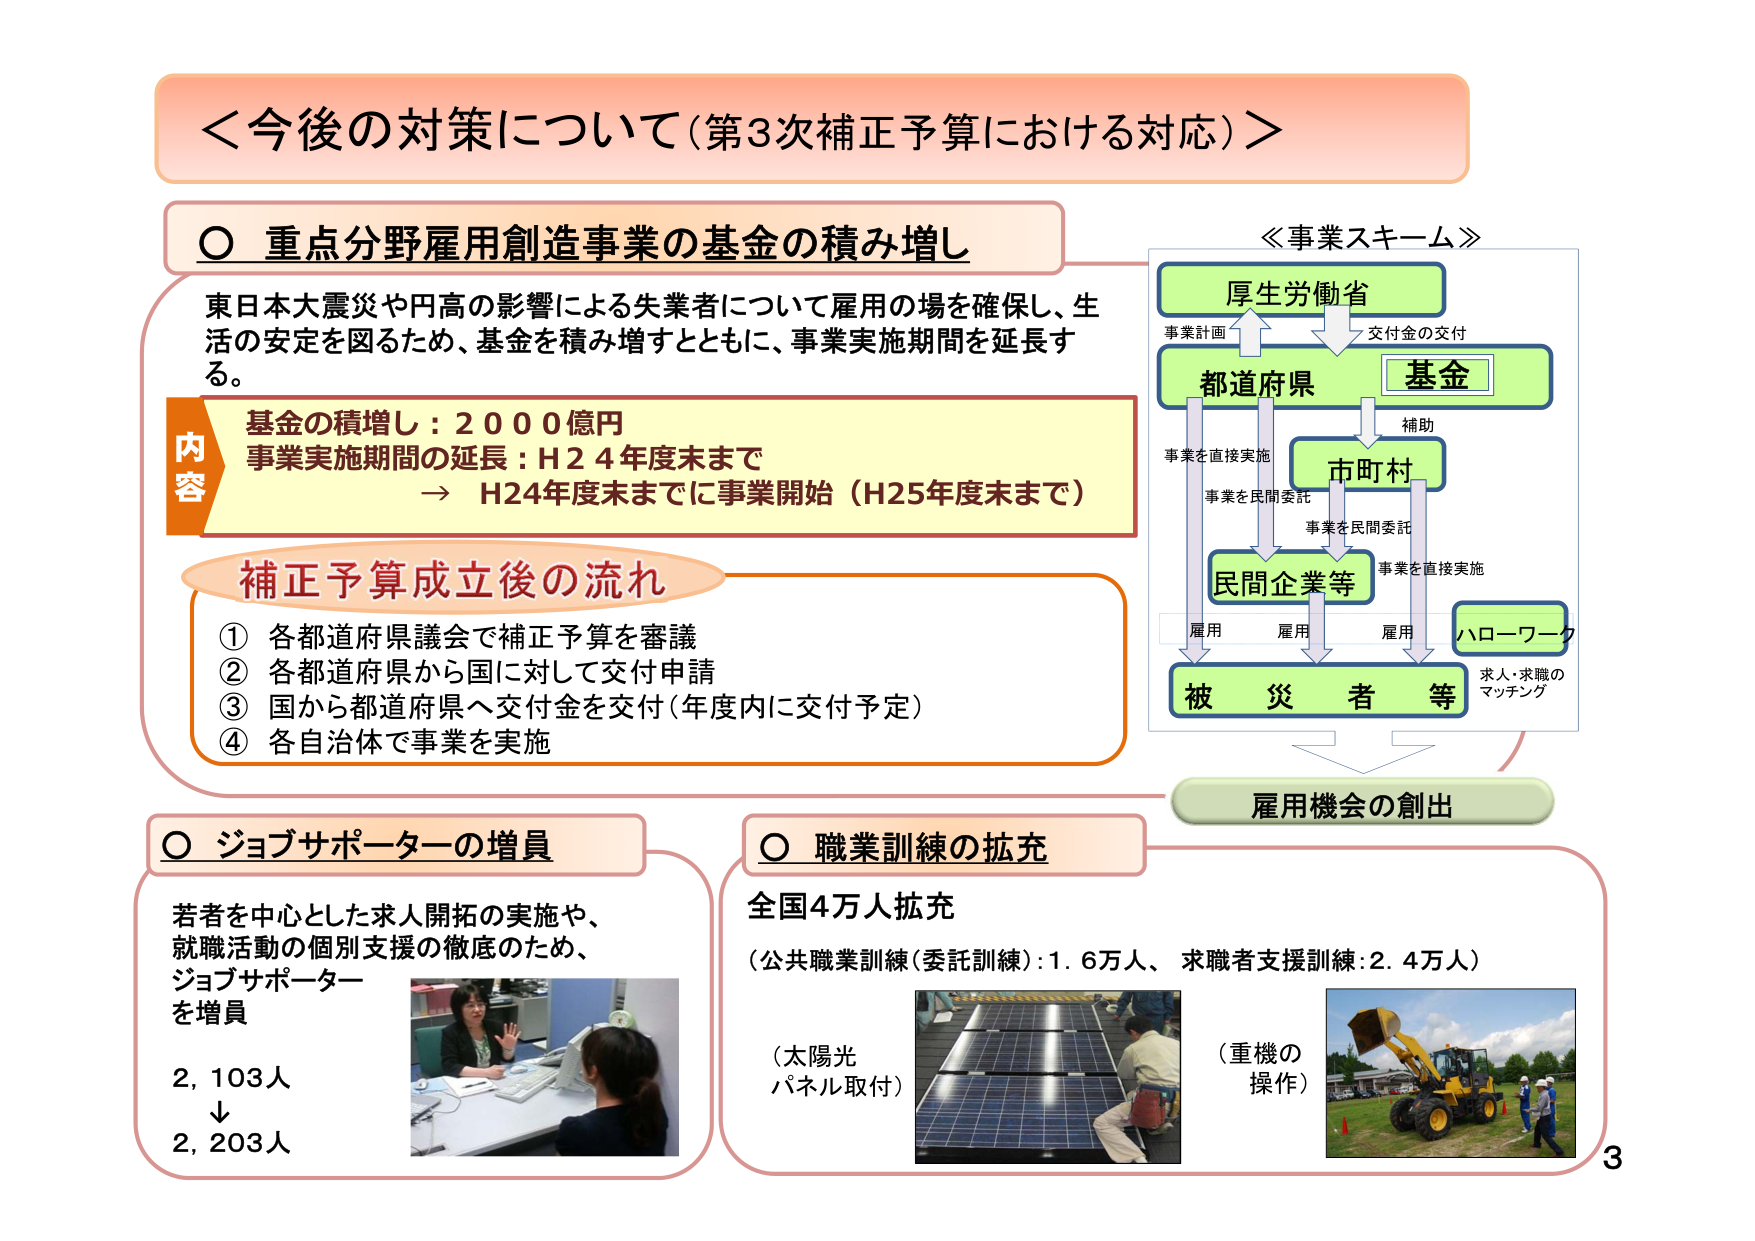
＜今後の対策について（第3次補正予算における対応）＞

〇 重点分野雇用創造事業の基金の積み増し

東日本大震災や円高の影響による失業者について雇用の場を確保し、生活の安定を図るため、基金を積み増すとともに、事業実施期間を延長する。

内容
基金の積増し：2000億円
事業実施期間の延長：H24年度末まで
→ H24年度末までに事業開始（H25年度末まで）

補正予算成立後の流れ
① 各都道府県議会で補正予算を審議
② 各都道府県から国に対して交付申請
③ 国から都道府県へ交付金を交付（年度内に交付予定）
④ 各自治体で事業を実施

≪事業スキーム≫
厚生労働省
事業計画
↓
都道府県
基金
交付金の交付
↓
市町村
補助
↓
民間企業等
事業を直接実施
事業を民間委託
↓
ハローワーク
求人・求職のマッチング
↓
被災者等
雇用
雇用
雇用

雇用機会の創出

〇 ジョブサポーターの増員

若者を中心とした求人開拓の実施や、
就職活動の個別支援の徹底のため、
ジョブサポーター
を増員

2,103人
↓
2,203人

〇 職業訓練の拡充

全国4万人拡充
（公共職業訓練（委託訓練）：1.6万人、求職者支援訓練：2.4万人）

（太陽光
パネル取付）

（重機の
操作）

3